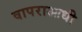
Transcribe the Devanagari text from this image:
वापराआधी